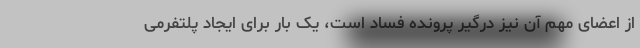
از اعضای مهم آن نیز درگیر پرونده فساد است، یک بار برای ایجاد پلتفرمی